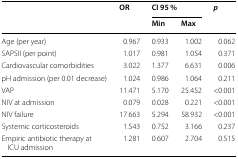
<table><thead><tr><td rowspan="2"></td><td rowspan="2"><b>OR</b></td><td colspan="2"><b>CI 95 %</b></td><td rowspan="2"><b><i>p</i></b></td></tr><tr><td><b>Min</b></td><td><b>Max</b></td></tr></thead><tbody><tr><td>Age (per year)</td><td>0.967</td><td>0.933</td><td>1.002</td><td>0.062</td></tr><tr><td>SAPSII (per point)</td><td>1.017</td><td>0.981</td><td>1.054</td><td>0.371</td></tr><tr><td>Cardiovascular comorbidities</td><td>3.022</td><td>1.377</td><td>6.631</td><td>0.006</td></tr><tr><td>pH admission (per 0.01 decrease)</td><td>1.024</td><td>0.986</td><td>1.064</td><td>0.211</td></tr><tr><td>VAP</td><td>11.471</td><td>5.170</td><td>25.452</td><td>&lt;0.001</td></tr><tr><td>NIV at admission</td><td>0.079</td><td>0.028</td><td>0.221</td><td>&lt;0.001</td></tr><tr><td>NIV failure</td><td>17.663</td><td>5.294</td><td>58.932</td><td>&lt;0.001</td></tr><tr><td>Systemic corticosteroids</td><td>1.543</td><td>0.752</td><td>3.166</td><td>0.237</td></tr><tr><td>Empiric antibiotic therapy at ICU admission</td><td>1.281</td><td>0.607</td><td>2.704</td><td>0.515</td></tr></tbody></table>